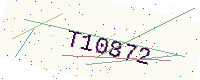
Text: T10872